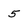
Character: 5